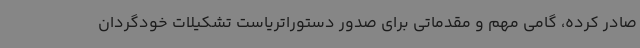
صادر کرده، گامی مهم و مقدماتی برای صدور دستوراتریاست تشکیلات خودگردان